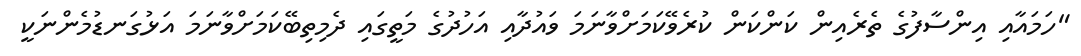
"ހަމައާއި އިންސާފުގެ ތެރެއިން ކަންކަން ކުރެވޭކަމަށްވާނަމަ ވައުދާއި އަހުދުގެ މަތީގައި ދެމިތިބޭކަމަށްވާނަމަ އަޅުގަނޑުމެންނަކީ